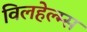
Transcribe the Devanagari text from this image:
विलहेल्म्स